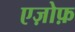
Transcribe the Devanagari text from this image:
एज़ोफ़